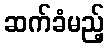
ဆက်ခံမည့်